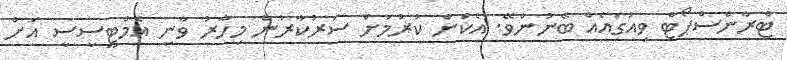
ޓްރާންސްޕޯޓް ވިއުގައެއް ބޭނުންވޭ. އެކަން ކުރުމަށް ސަރުކާރުން މިހާރު ވާނީ އެމްޓީސީސީ އަށް